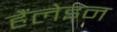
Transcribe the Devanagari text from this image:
हैंलेइन